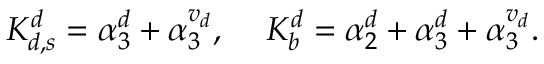
K _ { d , s } ^ { d } = \alpha _ { 3 } ^ { d } + \alpha _ { 3 } ^ { { v } _ { d } } , \, \, \, \, \, \, \, K _ { b } ^ { d } = \alpha _ { 2 } ^ { d } + \alpha _ { 3 } ^ { d } + \alpha _ { 3 } ^ { { v } _ { d } } .